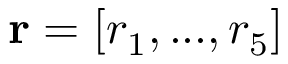
\mathbf { r } = [ r _ { 1 } , . . . , r _ { 5 } ]